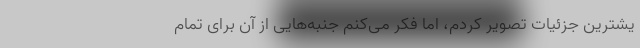
یشترین جزئیات تصویر کردم، اما فکر می‌کنم جنبه‌هایی از آن برای تمام